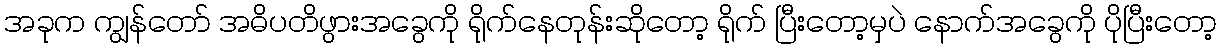
အခုက ကျွန်တော် အဓိပတိဖွားအခွေကို ရိုက်နေတုန်းဆိုတော့ ရိုက် ပြီးတော့မှပဲ နောက်အခွေကို ပိုပြီးတော့